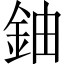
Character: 鈾